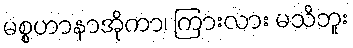
မစ္စဟာနာအိုကာ၊ ကြားလား မသိဘူး